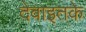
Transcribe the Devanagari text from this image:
देवाइतके